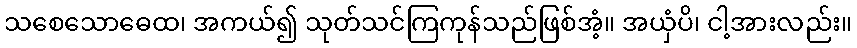
သစေသောဓေထ၊ အကယ်၍ သုတ်သင်ကြကုန်သည်ဖြစ်အံ့။ အယှံပိ၊ ငါ့အားလည်း။